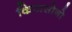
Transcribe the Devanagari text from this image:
किटासोनो